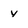
Character: y